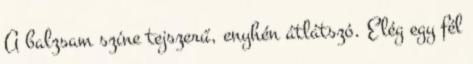
A balzsam színe tejszerű, enyhén átlátszó. Elég egy fél